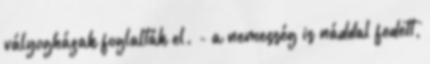
vályogházak foglalták el. - a nemesség is náddal fedett,